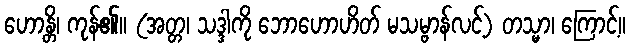
ဟောန္တိ၊ ကုန်၏။ (အတ္တ၊ သဒ္ဒါကို ဘောဟောဟိတ် မသမ္ဗာန်လင့်) တသ္မာ၊ ကြောင့်။